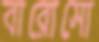
বারোসো